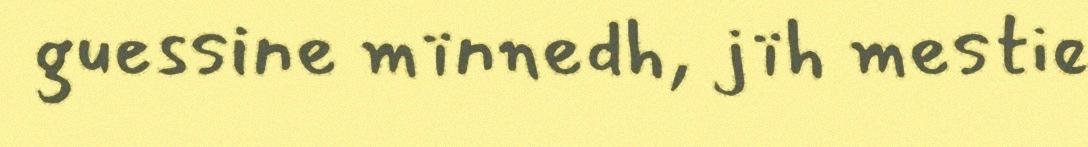
guessine mïnnedh, jïh mestie